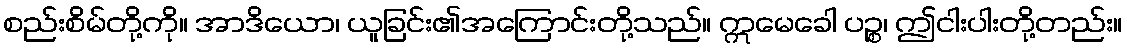
စည်းစိမ်တို့ကို။ အာဒိယော၊ ယူခြင်း၏အကြောင်းတို့သည်။ ဣမေခေါ ပဉ္စ၊ ဤငါးပါးတို့တည်း။